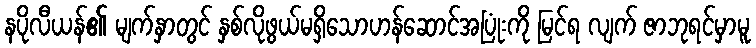
နပိုလီယန်၏ မျက်နှာတွင် နှစ်လိုဖွယ်မရှိသောဟန်ဆောင်အပြုံးကို မြင်ရ လျက် ဇာဘုရင်မှာမူ